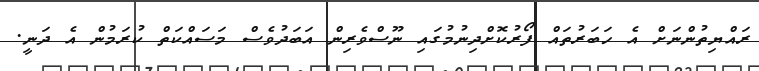
ރައްޔިތުންނަށް އެ ހަބަރުތައް ފޯރުކޮށްދިނުމުގައި ނޫސްވެރިން އަބަދުވެސް މަސައްކަތް ކުރަމުން އެ ދަނީ.